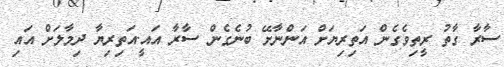
ސާރާ ގާތު ރީތިވެގެން އަތިރިޔަށް އަންނާށޭ ބުނެގެން ސާރާ އައީ.އަތިރިޔާ ދިމާލަށް އައި